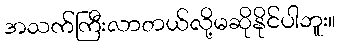
အသက်ကြီးလာတယ်လို့မဆိုနိုင်ပါဘူး။